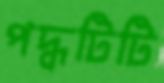
পদ্ধটিটি